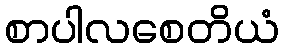
စာပါလစေတိယံ